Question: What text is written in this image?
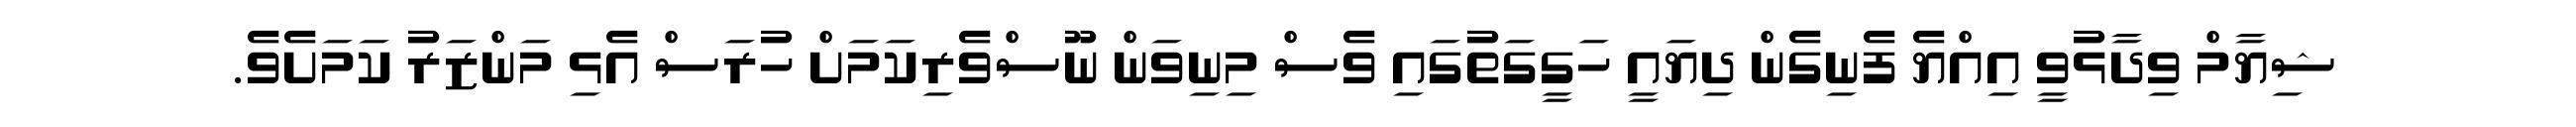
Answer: ޝިޔާމް ވިދާޅުވީ އިއްޔެ ފެނިގެން ދިޔައީ ހަގީގަތުގައި ވެސް މިނިވަން ނޫސްވެރިކަމަށް ހުރަސް އެޅި މަންޒަރު ކަމަށެވެ.